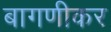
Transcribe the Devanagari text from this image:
बागणीकर